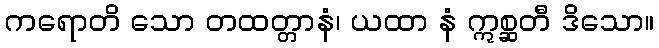
ကရောတိ သော တထတ္တာနံ၊ ယထာ နံ ဣစ္ဆတီ ဒိသော။